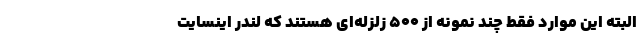
البته این موارد فقط چند نمونه از ۵۰۰ زلزله‌ای هستند که لندر اینسایت